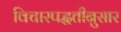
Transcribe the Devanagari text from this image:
विचारपद्धतीनुसार